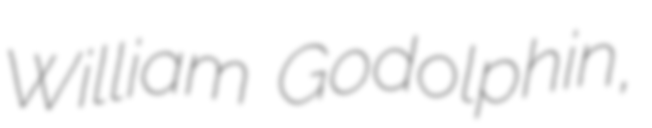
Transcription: William Godolphin,